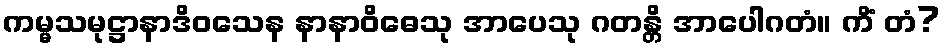
ကမ္မသမုဋ္ဌာနာဒိဝသေန နာနာဝိဓေသု အာပေသု ဂတန္တိ အာပေါဂတံ။ ကိံ တံ?